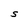
Character: S